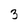
Character: 3